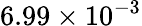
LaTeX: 6.99\times 10^{-3}